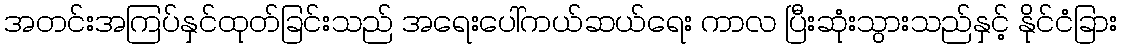
အတင်းအကြပ်နှင်ထုတ်ခြင်းသည် အရေးပေါ်ကယ်ဆယ်ရေး ကာလ ပြီးဆုံးသွားသည်နှင့် နိုင်ငံခြား